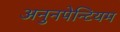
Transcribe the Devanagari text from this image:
अनुनपेन्टियम